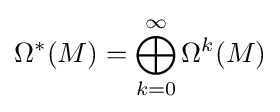
\Omega ^{*}(M)=\bigoplus _{k=0}^{\infty }\Omega ^{k}(M)